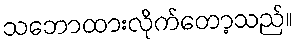
သဘောထားလိုက်တော့သည်။